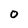
Character: O